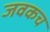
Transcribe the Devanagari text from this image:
जवकच